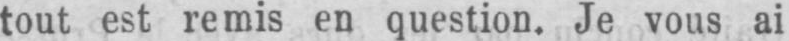
tout est remis en question. Je vous ai